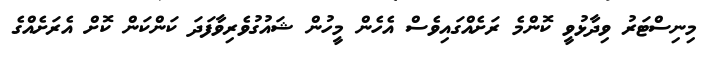
މިނިސްޓަރު ވިދާޅުވީ ކޮންމެ ރަށެެއްގައިވެސް އެހެން މީހުން ޝައުގުވެރިވާފަދަ ކަންކަން ކޮށް އެރަށެއްގެ